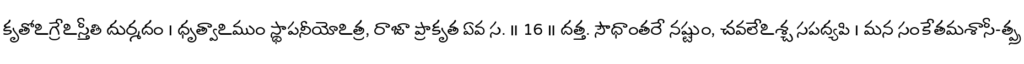
కృతోఽగ్రేఽస్తీతి దుర్మదం । ధృత్వాఽముం స్థాపనీయోఽత్ర, రాజా ప్రాకృత ఏవ స. ॥ 16 ॥ దత్త. సౌధాంతరే నష్టుం, చవలేఽశ్చ సపద్యపి । మన సంకేతమశాసీ-త్ప్ర